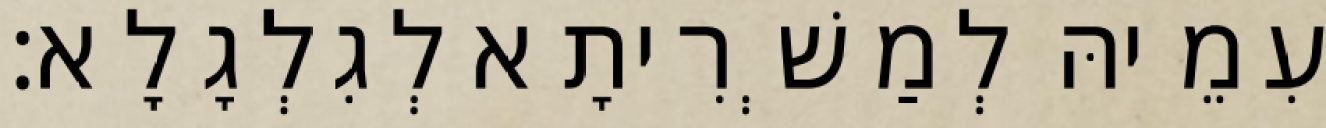
עִמֵיהּ לְמַשְׁרִיתָא לְגִלְגָלָא׃